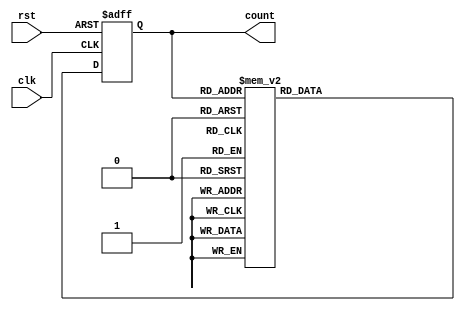
module johnson_gray_counter (
    input wire clk,
    input wire rst,
    output reg [n-1:0] count
);

parameter n = 4; // Number of bits in the counter

reg [n-1:0] next_count;

always @(posedge clk or posedge rst) begin
    if (rst) begin
        count <= 0;
    end else begin
        count <= next_count;
    end
end

always @* begin
    case(count)
        4'b0000: next_count = 4'b0001;
        4'b0001: next_count = 4'b0011;
        4'b0011: next_count = 4'b0010;
        4'b0010: next_count = 4'b0110;
        4'b0110: next_count = 4'b0100;
        4'b0100: next_count = 4'b1100;
        4'b1100: next_count = 4'b1000;
        4'b1000: next_count = 4'b0000;
        default: next_count = 4'b0000;
    endcase
end

endmodule